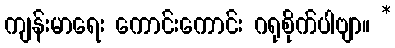
ကျန်းမာရေး ကောင်းကောင်း ဂရုစိုက်ပါဗျာ။ *